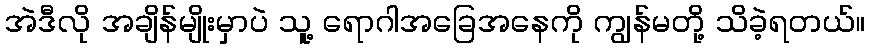
အဲဒီလို အချိန်မျိုးမှာပဲ သူ့ ရောဂါအခြေအနေကို ကျွန်မတို့ သိခဲ့ရတယ်။